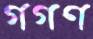
গগণ